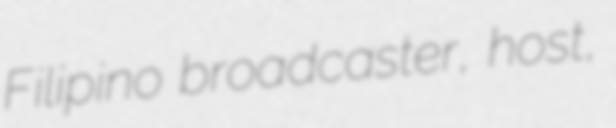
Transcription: Filipino broadcaster, host,